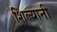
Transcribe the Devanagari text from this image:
शिल्यानी